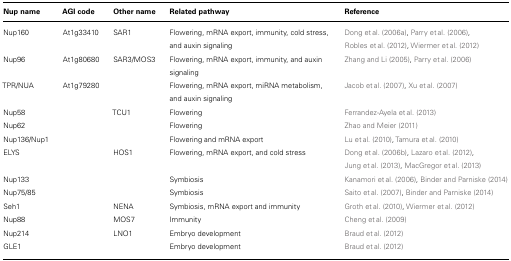
<table><thead><tr><td><b>Nup name</b></td><td><b>AGI code</b></td><td><b>Other name</b></td><td><b>Related pathway</b></td><td><b>Reference</b></td></tr></thead><tbody><tr><td>Nup160</td><td>At1g33410</td><td>SAR1</td><td>Flowering, mRNA export, immunity, cold stress, and auxin signaling</td><td>Dong et al. (2006a), Parry et al. (2006), Robles et al. (2012), Wiermer et al. (2012)</td></tr><tr><td>Nup96</td><td>At1g80680</td><td>SAR3/MOS3</td><td>Flowering, mRNA export, immunity, and auxin signaling</td><td>Zhang and Li (2005), Parry et al. (2006)</td></tr><tr><td>TPR/NUA</td><td>At1g79280</td><td></td><td>Flowering, mRNA export, miRNA metabolism, and auxin signaling</td><td>Jacob et al. (2007), Xu et al. (2007)</td></tr><tr><td>Nup58</td><td></td><td>TCU1</td><td>Flowering</td><td>Ferrandez-Ayela et al. (2013)</td></tr><tr><td>Nup62</td><td></td><td></td><td>Flowering</td><td>Zhao and Meier (2011)</td></tr><tr><td>Nup136/Nup1</td><td></td><td></td><td>Flowering and mRNA export</td><td>Lu et al. (2010), Tamura et al. (2010)</td></tr><tr><td>ELYS</td><td></td><td>HOS1</td><td>Flowering, mRNA export, and cold stress</td><td>Dong et al. (2006b), Lazaro et al. (2012), Jung et al. (2013), MacGregor et al. (2013)</td></tr><tr><td>Nup133</td><td></td><td></td><td>Symbiosis</td><td>Kanamori et al. (2006), Binder and Parniske (2014)</td></tr><tr><td>Nup75/85</td><td></td><td></td><td>Symbiosis</td><td>Saito et al. (2007), Binder and Parniske (2014)</td></tr><tr><td>Seh1</td><td></td><td>NENA</td><td>Symbiosis, mRNA export and immunity</td><td>Groth et al. (2010), Wiermer et al. (2012)</td></tr><tr><td>Nup88</td><td></td><td>MOS7</td><td>Immunity</td><td>Cheng et al. (2009)</td></tr><tr><td>Nup214</td><td></td><td>LNO1</td><td>Embryo development</td><td>Braud et al. (2012)</td></tr><tr><td>GLE1</td><td></td><td></td><td>Embryo development</td><td>Braud et al. (2012)</td></tr></tbody></table>